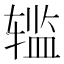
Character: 𰺗